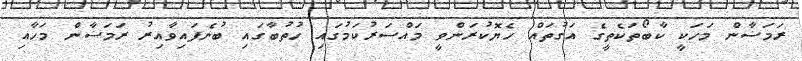
ރަމަޟާން މަހަކީ ކާބޯތަކެތީގެ އަގުތައް ހެޔޮކުރަންވީ މައްސަރުކަމުގައި ހުތުބާގައި ބުނެފައިވާއިރު ރަމަޟާން މަހާއި